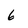
Character: 6